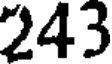
243